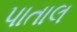
પાતાલ